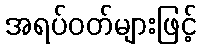
အရပ်ဝတ်များဖြင့်